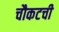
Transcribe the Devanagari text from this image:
चौकटची